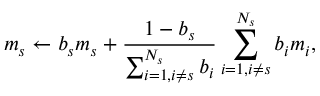
m _ { s } \leftarrow b _ { s } m _ { s } + \frac { 1 - b _ { s } } { \sum _ { i = 1 , i \neq s } ^ { N _ { s } } { b _ { i } } } \sum _ { i = 1 , i \neq s } ^ { N _ { s } } { b _ { i } m _ { i } } ,